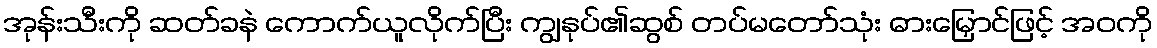
အုန်းသီးကို ဆတ်ခနဲ ကောက်ယူလိုက်ပြီး ကျွနုပ်၏ဆွစ် တပ်မတော်သုံး ဓားမြှောင်ဖြင့် အဝကို